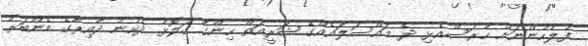
ފުލުހުންނަށް ހުރަސްއެޅި ދެ މައްސަލައެއްގެ ޝަރީއަތް ހިންގާ ގަލޮޅު ދެކުނު ދާއިރާގެ މެންބަރު